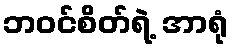
ဘဝင်စိတ်ရဲ့ အာရုံ